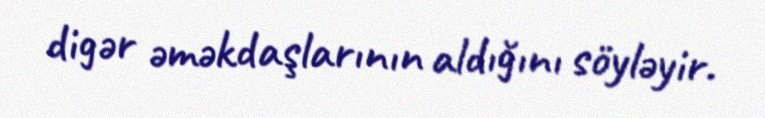
digər əməkdaşlarının aldığını söyləyir.